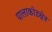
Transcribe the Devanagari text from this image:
पालाकोडक्षेत्र